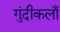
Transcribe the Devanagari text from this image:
गुंदीकलाँ